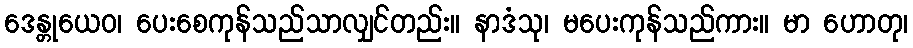
ဒေန္တုယေဝ၊ ပေးစေကုန်သည်သာလျှင်တည်း။ နာဒံသု၊ မပေးကုန်သည်ကား။ မာ ဟောတု၊